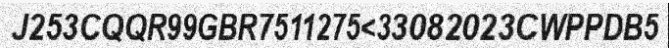
J253CQQR99GBR7511275<33082023CWPPDB5